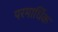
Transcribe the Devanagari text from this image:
परमार्धिक